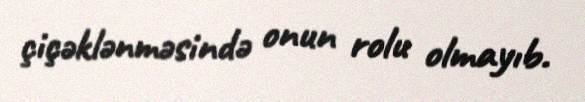
çiçəklənməsində onun rolu olmayıb.